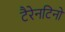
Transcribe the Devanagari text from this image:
टैरेनटिनो